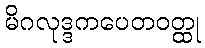
မိဂလုဒ္ဒကပေတဝတ္ထု